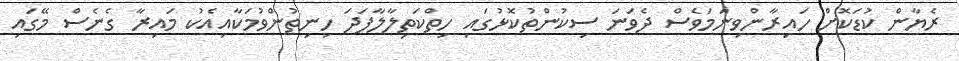
ރެޔާން ކުޑަކޮށް ހައިރާންވިނަމަވެސް ދެވަނަ ސިކުންތުކޮޅުގައި ހިތްކަތިލާލާފަދަ ހިނިތުންވުމަކާއިއެކު މައިރާ ގެނެސް މޭގައި